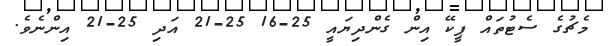
މެޗުގެ ސެޓުތައް ޕީކޭ އިން ގެންދިޔައީ 25-16 25-21 އަދި 25-21 އިންނެވެ.